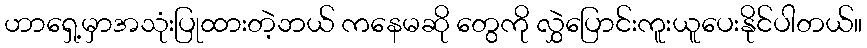
ဟာရှေ့မှာအသုံးပြုထားတဲ့ဘယ် ကနေမဆို တွေကို လွှဲပြောင်းကူးယူပေးနိုင်ပါတယ်။